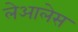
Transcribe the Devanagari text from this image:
लेआलेस